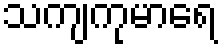
သကျကုမာရေ